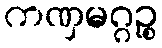
ကဏှမဂ္ဂဉ္စ